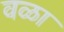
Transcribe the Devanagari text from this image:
वळा